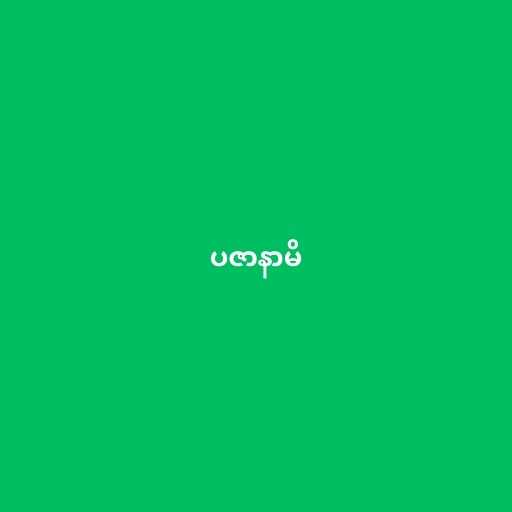
ပဇာနာမိ